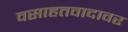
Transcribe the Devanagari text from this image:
वसाहतवादावर